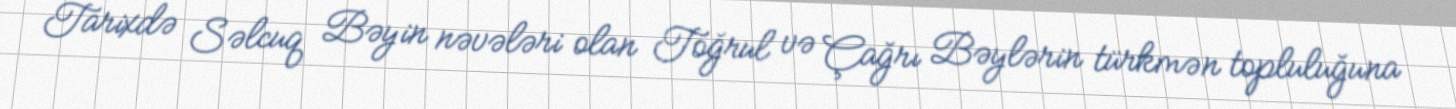
Tarixdə Səlcuq Bəyin nəvələri olan Toğrul və Çağrı Bəylərin türkmən topluluğuna